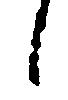
候